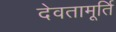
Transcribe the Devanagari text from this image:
देवतामूर्ति